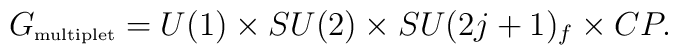
G_{\mbox{\tiny multiplet}} = 	U(1) \times SU(2) \times SU(2j+1)_f \times CP.